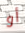
أو